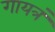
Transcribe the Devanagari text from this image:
गायत्रं